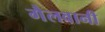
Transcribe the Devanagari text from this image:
गैलवानी